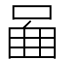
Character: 𠴿